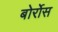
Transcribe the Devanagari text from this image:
बोर्रोस